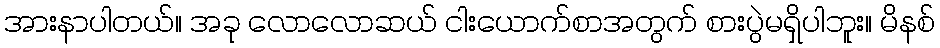
အားနာပါတယ်။ အခု လောလောဆယ် ငါးယောက်စာအတွက် စားပွဲမရှိပါဘူး။ မိနစ်